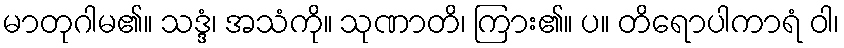
မာတုဂါမ၏။ သဒ္ဒံ၊ အသံကို။ သုဏာတိ၊ ကြား၏။ ပ။ တိရောပါကာရံ ဝါ၊